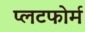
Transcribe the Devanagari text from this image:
प्लटफोर्म